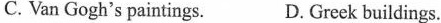
C. Van Gogh's paintings. D. Greek buildings.